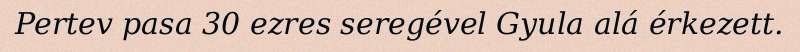
Pertev pasa 30 ezres seregével Gyula alá érkezett.